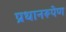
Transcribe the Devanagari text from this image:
प्रधानरूपेण